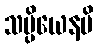
သမ္ပိယေနပိ